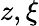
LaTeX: z,\xi